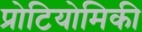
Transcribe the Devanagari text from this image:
प्रोटियोमिकी